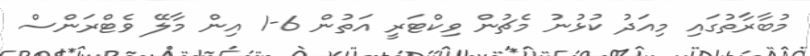
މުބާރާތުގައި މިއަދު ކުޅުނު މެޗުން ވިކްޓަރީ އަތުން 6-1 އިން މާލޭ ވެޓްރަންސް